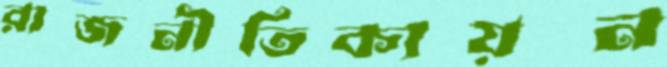
রাজনীতিকায়ন